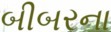
બીબરના